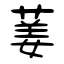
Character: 葁